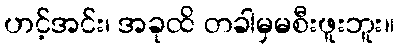
ဟင့်အင်း၊ အခုထိ တခါမှမစီးဖူးဘူး။